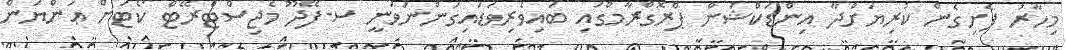
މިހާރު ފެށިގެން ކުރިޔަށްދާ އިންޑަކްޝަން ޕްރޮގްރާމްގައި ބައިވެރިވަޑައިގަންނަވަނީ ސ.ފޭދޫ މެޖިސްޓްރޭޓް ކޯޓަށް ޢަންޔަން